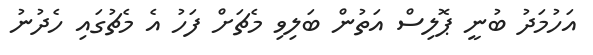
އަހުމަދު ބުނީ ޕޮލިސް އަތުން ބަލިވި މެޗަށް ފަހު އެ މެޗުގައި ހެދުނު